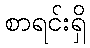
စာရင်းရှိ